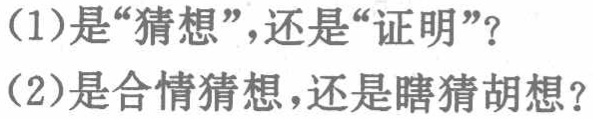
（1）是“猜想”，还是“证明”？

（2）是合情猜想，还是瞎猜胡想？